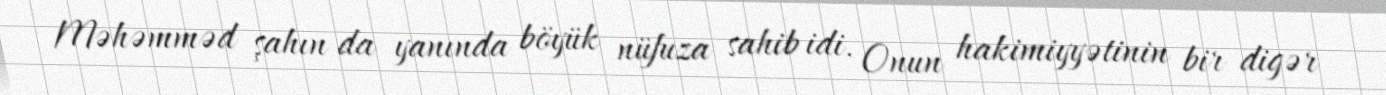
Məhəmməd şahın da yanında böyük nüfuza sahib idi. Onun hakimiyyətinin bir digər